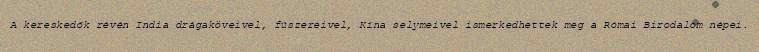
A kereskedők révén India drágaköveivel, fűszereivel, Kína selymeivel ismerkedhettek meg a Római Birodalom népei.